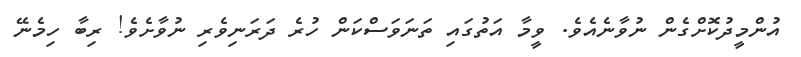
އުންމީދުކޮށްގެން ނުވާނެއެވެ. ވީމާ އަތުގައި ތަނަވަސްކަން ހުރެ ދަރަނިވެރި ނުވާށެވެ! ރިބާ ހިމެނޭ